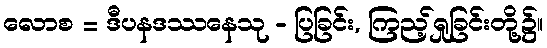
လောစ = ဒီပနဒဿနေသု - ပြခြင်း, ကြည့်ရှုခြင်းတို့၌။